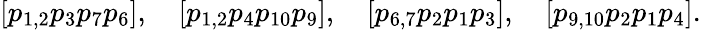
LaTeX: [p_{1,2}p_{3}p_{7}p_{6}],\quad[p_{1,2}p_{4}p_{10}p_{9}],\quad[p_{6,7}p_{2}p_{1}p_{3}],\quad[p_{9,10}p_{2}p_{1}p_{4}].